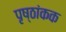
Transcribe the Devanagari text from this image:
पृष्ठांकक